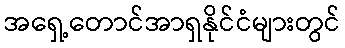
အရှေ့တောင်အာရှနိုင်ငံများတွင်